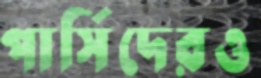
পার্সিদেরও